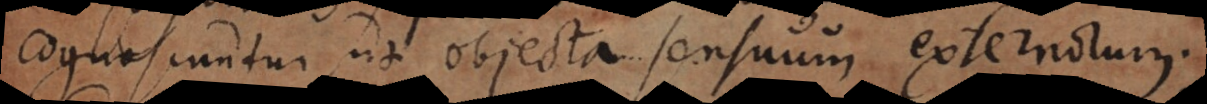
cognoscuntur, ut objecta sensuum externorum.